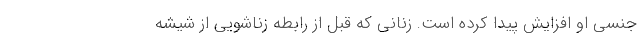
جنسی‌ او افزایش پیدا کرده است. زنانی که قبل از رابطه زناشویی از شیشه